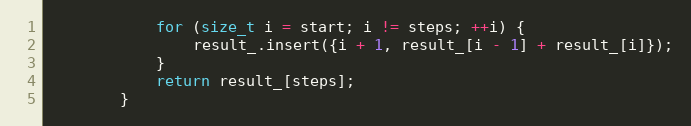
Language: C++
            for (size_t i = start; i != steps; ++i) {
                result_.insert({i + 1, result_[i - 1] + result_[i]});
            }
            return result_[steps];
        }